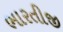
ભારતીજી